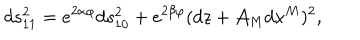
LaTeX: d s _ { 1 1 } ^ { 2 } = e ^ { 2 \alpha \varphi } d s _ { 1 0 } ^ { 2 } + e ^ { 2 \beta \varphi } ( d z + \mathcal { A } _ { M } d x ^ { M } ) ^ { 2 } ,